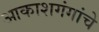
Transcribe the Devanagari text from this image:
आकाशगंगांचे